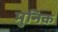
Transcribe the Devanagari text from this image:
मुनिक